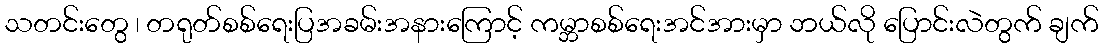
သတင်းတွေ ၊ တရုတ်စစ်ရေးပြအခမ်းအနားကြောင့် ကမ္ဘာစစ်ရေးအင်အားမှာ ဘယ်လို ပြောင်းလဲတွက် ချက်